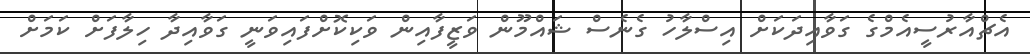
އެޗްއާރުސީއެމްގެ ގަވާއިދަކަށް އިސްލާހު ގެނެސް ޝައްމޫން ވަޒީފާއިން ވަކިކޮށްފައިވަނީ ގަވާއިދާ ހިލާފަށް ކަމަށް